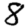
Digit: 8